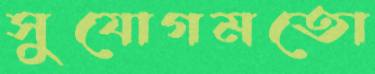
সুযোগমতো